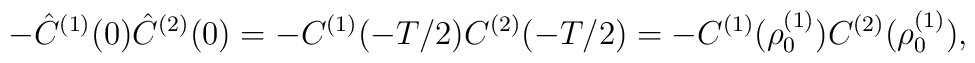
-\hat C^{(1)}(0)\hat C^{(2)}(0) =- C^{(1)}(-T/2) C^{(2)}(-T/2) =- C^{(1)}(\rho_0^{(1)}) C^{(2)}(\rho_0^{(1)}),